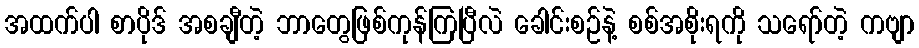
အထက်ပါ စာပိုဒ် အစချီတဲ့ ဘာတွေဖြစ်ကုန်ကြပြီလဲ ခေါင်းစဉ်နဲ့ စစ်အစိုးရကို သရော်တဲ့ ကဗျာ